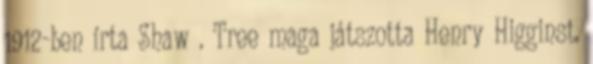
1912-ben írta Shaw . Tree maga játszotta Henry Higginst,